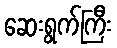
ဆေးရွက်ကြီး